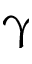
\upgamma